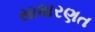
સાધારણત